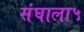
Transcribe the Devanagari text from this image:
संघाला५